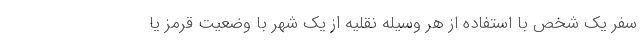
سفر یک شخص با استفاده از هر وسیله نقلیه از یک شهر با وضعیت قرمز یا